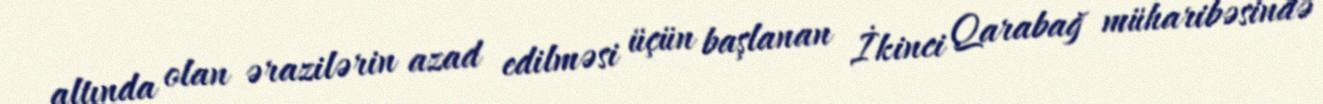
altında olan ərazilərin azad edilməsi üçün başlanan İkinci Qarabağ müharibəsində